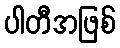
ပါတီအဖြစ်